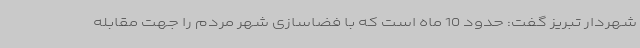
شهردار تبریز گفت: حدود 10 ماه است که با فضاسازی شهر مردم را جهت مقابله